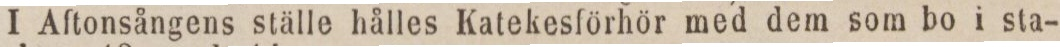
I Aftonsångens ställe hålles Katekesförhör med dem som bo i sta-